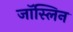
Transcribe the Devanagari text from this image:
जॉस्लिन